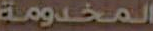
المخدومة